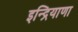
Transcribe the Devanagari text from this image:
इन्द्रियाणा